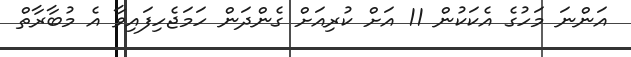
އަންނަ މަހުގެ އެކަކުން 11 އަށް ކުރިއަށް ގެންދަން ހަމަޖެހިފައިވާ އެ މުބާރާތް